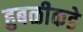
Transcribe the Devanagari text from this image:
हुबळीकडे